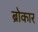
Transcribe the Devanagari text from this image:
ब्रोकार